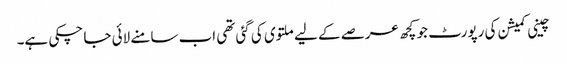
چینی کمیشن کی رپورٹ جو کچھ عرصے کے لیے ملتوی کی گئی تھی اب سامنے لائی جا چکی ہے۔